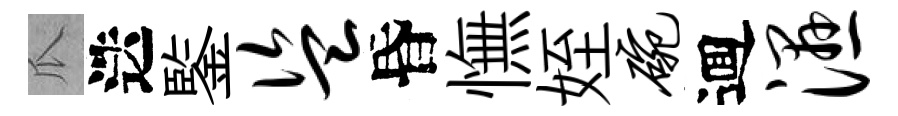
瓜迭鍳盗昏憮姪碗逥湿